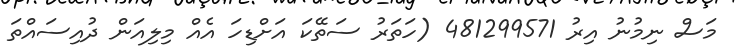
މަސް ނިމުނު އިރު 481299571 (ހަތަރު ސަތޭކަ އަށްޑިހަ އެއް މިލިއަން ދުއިސައްތަ